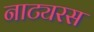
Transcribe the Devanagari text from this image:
नाट्यरस